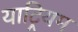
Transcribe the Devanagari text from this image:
याट्रियम